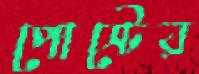
পোস্টের